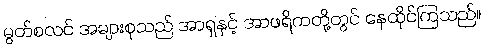
မွတ်စလင် အများစုသည် အာရှနှင့် အာဖရိကတို့တွင် နေထိုင်ကြသည်။